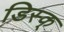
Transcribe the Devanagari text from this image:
डिस्क्